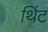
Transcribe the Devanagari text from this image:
थिंट